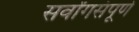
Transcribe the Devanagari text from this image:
सर्वांगसंपूर्ण